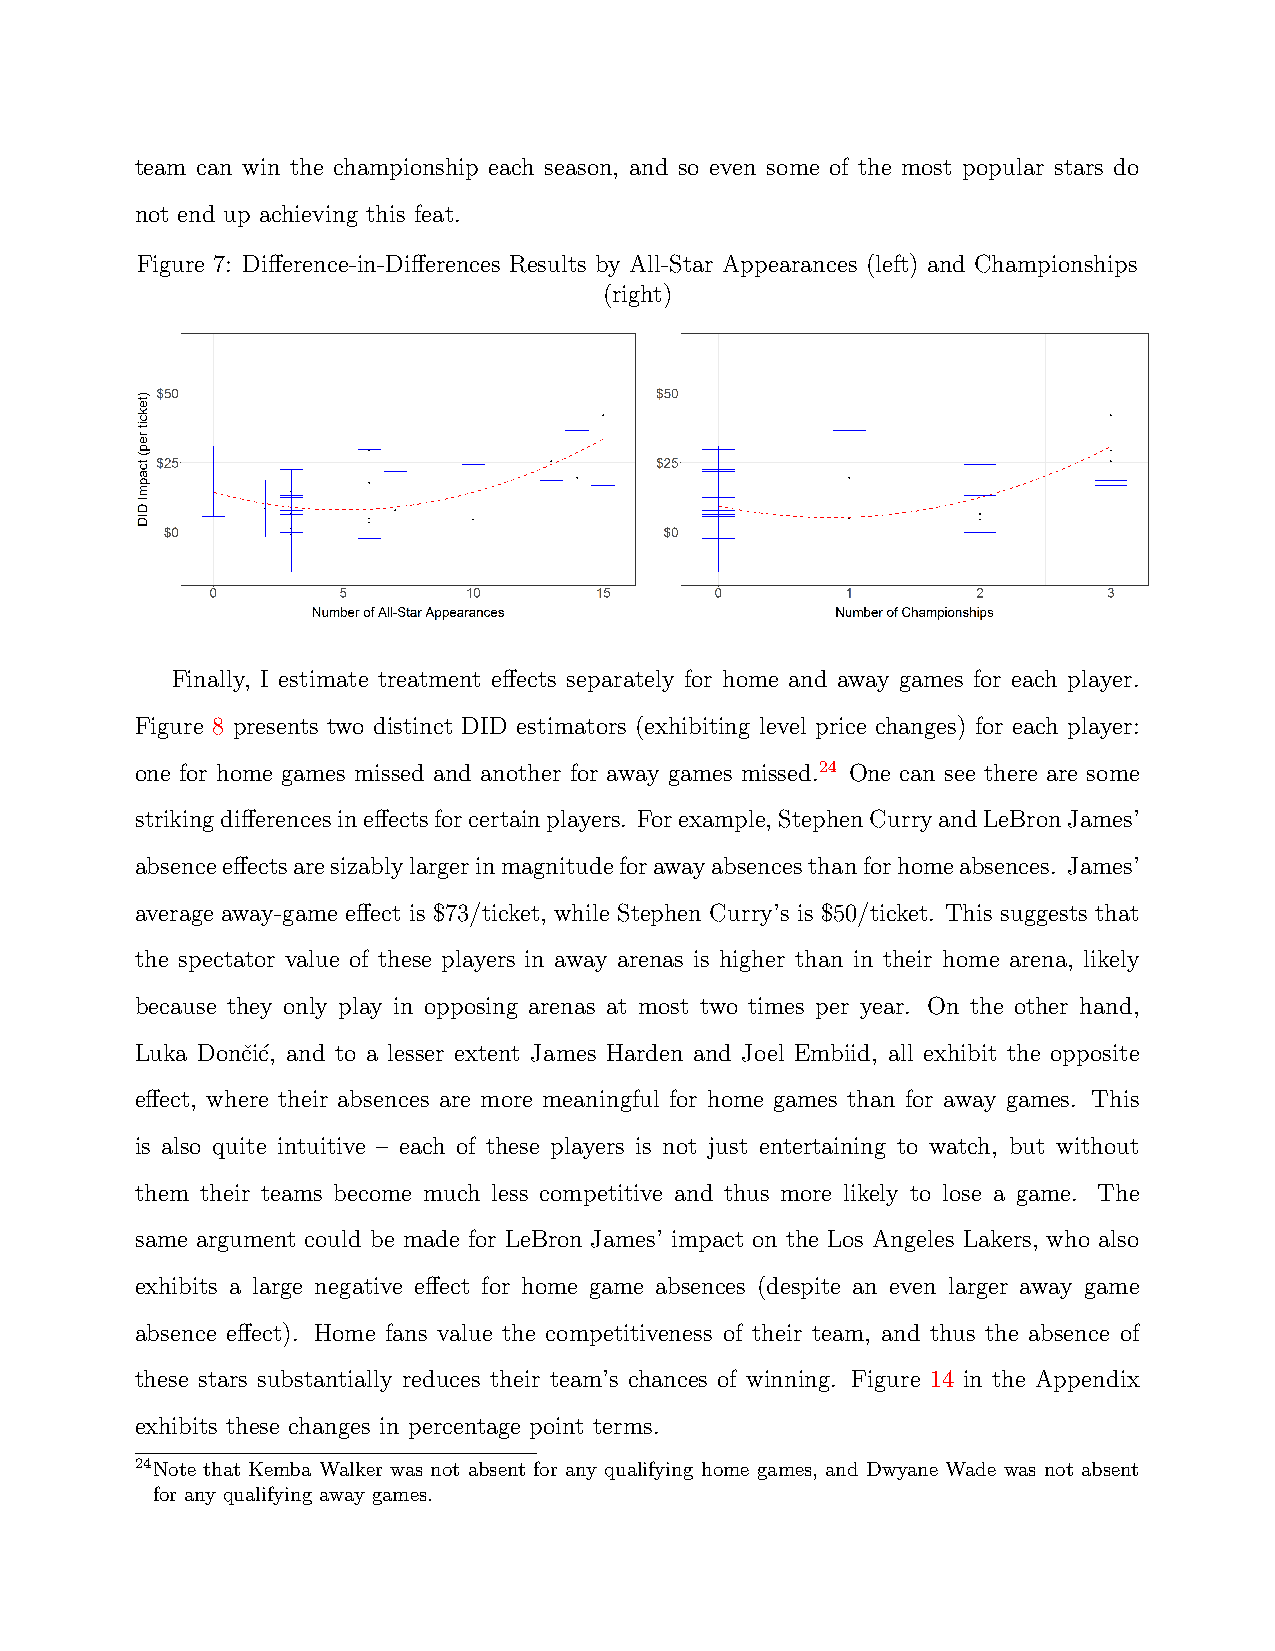
team can win the championship each season, and so even some of the most popular stars do
 not end up achieving this feat.
 Figure 7: Difference-in-Differences Results by All-Star Appearances (left) and Championships
 (right)
 Finally, I estimate treatment effects separately for home and away games for each player.
 Figure 8 presents two distinct DID estimators (exhibiting level price changes) for each player:
 one for home games missed and another for away games missed.24 One can see there are some
 strikingdifferencesineffectsforcertainplayers. Forexample,StephenCurryandLeBronJames’
 absenceeffectsaresizablylargerinmagnitudeforawayabsencesthanforhomeabsences. James’
 average away-game effect is $73/ticket, while Stephen Curry’s is $50/ticket. This suggests that
 the spectator value of these players in away arenas is higher than in their home arena, likely
 because they only play in opposing arenas at most two times per year. On the other hand,
 Luka Donˇci´c, and to a lesser extent James Harden and Joel Embiid, all exhibit the opposite
 effect, where their absences are more meaningful for home games than for away games. This
 is also quite intuitive – each of these players is not just entertaining to watch, but without
 them their teams become much less competitive and thus more likely to lose a game. The
 same argument could be made for LeBron James’ impact on the Los Angeles Lakers, who also
 exhibits a large negative effect for home game absences (despite an even larger away game
 absence effect). Home fans value the competitiveness of their team, and thus the absence of
 these stars substantially reduces their team’s chances of winning. Figure 14 in the Appendix
 exhibits these changes in percentage point terms.
 24Note that Kemba Walker was not absent for any qualifying home games, and Dwyane Wade was not absent
 for any qualifying away games.